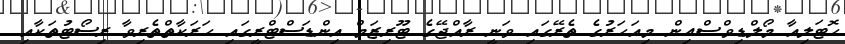
ހޮޓަލިއާ މޯލްޑިވްސްއިން މިއަހަރުގެ ތެރޭގައި ވަނީ ރާއްޖޭގެ ޓޫރިޒަމް އިންޑަސްޓްރީގައި ހަރަކާތްތެރިވާ ރިސޯޓުތަކާއި